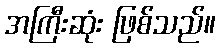
အကြီးဆုံး ဖြစ်သည်။